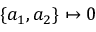
\{ a _ { 1 } , a _ { 2 } \} \mapsto 0